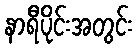
နာရီပိုင်းအတွင်း